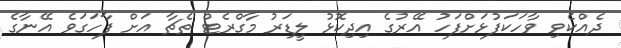
ދެއްކެވި ވާހަކަފުޅަށްފަހު އޭރުގެ އިދިކޮޅު ލީޑަރު މާގްރެޓް ތެޗާ އަށް ފާހަގަވެ އޭނާގެ